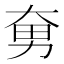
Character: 𱘲